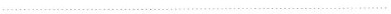
…………